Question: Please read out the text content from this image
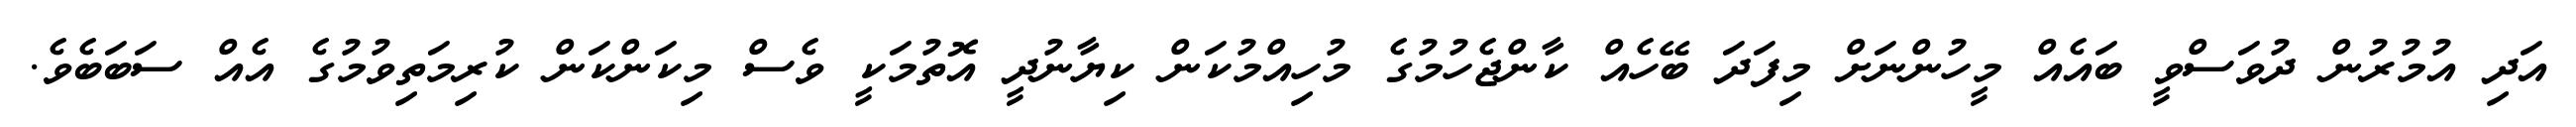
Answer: އަދި އުމުރުން ދުވަސްވީ ބައެއް މީހުންނަށް މިފަދަ ބޭހެއް ކާންޖެހުމުގެ މުހިއްމުކަން ކިޔާނުދީ އޮތުމަކީ ވެސް މިކަންކަން ކުރިމަތިވުމުގެ އެއް ސަބަބެވެ.